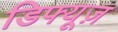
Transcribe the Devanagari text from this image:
डिफ्यूज़